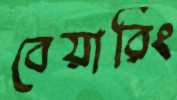
বেয়ারিং